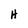
Character: H